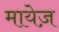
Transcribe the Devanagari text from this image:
मायेज़